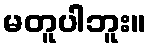
မတူပါဘူး။